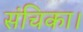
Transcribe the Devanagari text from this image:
संचिका।